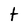
Character: t